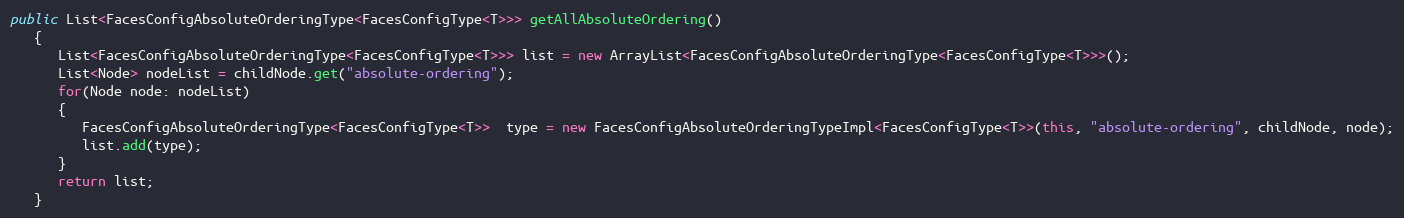
Language: Java
public List<FacesConfigAbsoluteOrderingType<FacesConfigType<T>>> getAllAbsoluteOrdering()
   {
      List<FacesConfigAbsoluteOrderingType<FacesConfigType<T>>> list = new ArrayList<FacesConfigAbsoluteOrderingType<FacesConfigType<T>>>();
      List<Node> nodeList = childNode.get("absolute-ordering");
      for(Node node: nodeList)
      {
         FacesConfigAbsoluteOrderingType<FacesConfigType<T>>  type = new FacesConfigAbsoluteOrderingTypeImpl<FacesConfigType<T>>(this, "absolute-ordering", childNode, node);
         list.add(type);
      }
      return list;
   }